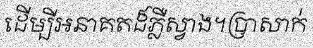
ដើម្បីអនាគតដ៏ភ្លឺស្វាង។ប្រាសាក់